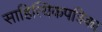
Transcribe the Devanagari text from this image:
साहित्यिकपत्रिका